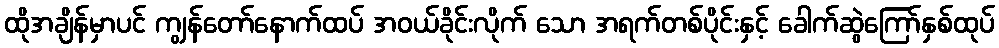
ထိုအချိန်မှာပင် ကျွန်တော်နောက်ထပ် အဝယ်ခိုင်းလိုက် သော အရက်တစ်ပိုင်းနှင့် ခေါက်ဆွဲကြော်နှစ်ထုပ်